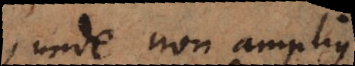
unde non amplius